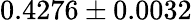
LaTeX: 0.4276\pm 0.0032